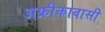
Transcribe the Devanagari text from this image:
अफ्रीकावासी